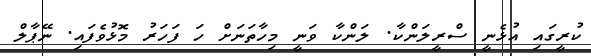
ކުރީގައި އުޅެނީ ސްރީލަންކާ. ލަންކާ ވަނީ މިހާތަނަށް ހަ ފަހަރު މޮޅުވެފައި. ނޭޕާލް